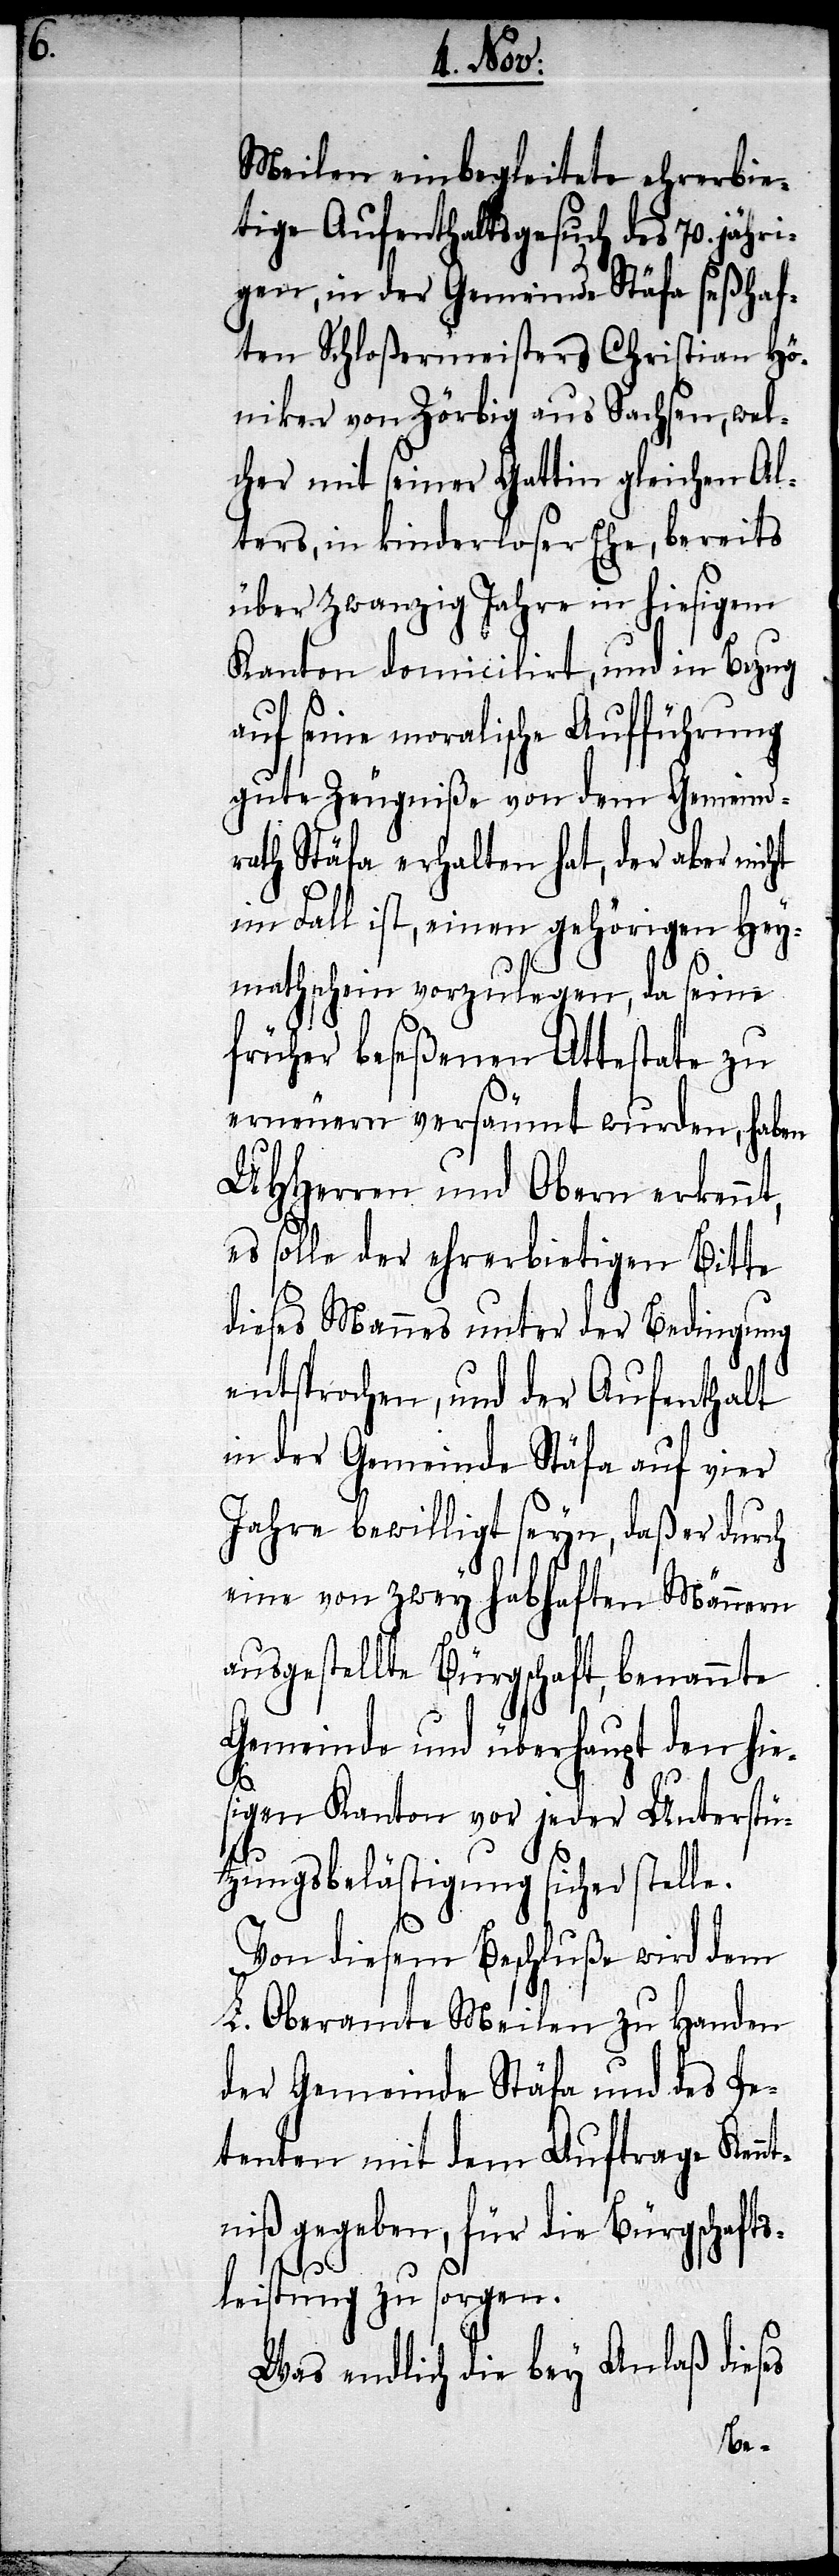
Meilen einbegleitete ehrerbie¬
tige Aufenthaltsgesuch des 70. jähr¬
igen, in der Gemeinde Stäfa seßhaf¬
ten Schloßermeisters Christian Hö¬
niker von Zörbig aus Sachsen, wel¬
cher mit seiner Gattin gleichen Al¬
ters, in kinderloser Ehe, bereits
über zwanzig Jahre in hiesigem
Kanton domicilirt, und in Bezug
auf seine moralische Aufführung
gute Zeugniße von dem Gemeind¬
rath Stäfa erhalten hat, der aber nicht
im Fall ist, einen gehörigen Hey¬
mathschein vorzulegen, da seine
früher beseßenen Attestate zu
erneuern versäumt wurden, haben
UHHerren und Obern erkenn¬
es solle der ehrerbietigen Bitte
dieses Mannes unter der Bedingung
entsprochen, und der Aufenthalt
in der Gemeinde Stäfa auf vier
Jahre bewilligt seyn, daß er durch
eine von zwey habhaften Männern
ausgestellte Bürgschaft, benannte
Gemeinde und überhaupt den hie¬
s¬
igen Kanton vor jeder Unterstü¬
tzungsbelästigung sicher stelle.
Von diesem Beschluße wird dem
L. Oberamte Meilen zu Handen
der Gemeinde Stäfa und des Pe¬
tenten mit dem Auftrage Kenn¬
tniß gegeben, für die Bürgschafts¬
leistung zu sorgen.
Was endlich die bey Anlaß dieses